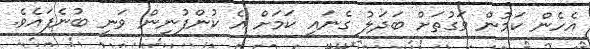
އެހެން ކަމުން ވަގުތަށް ބަދަލު ގެނައީ ކަމަށް އެ ކުންފުނިން ވަނީ ބުނެފައެވެ.